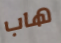
هاب